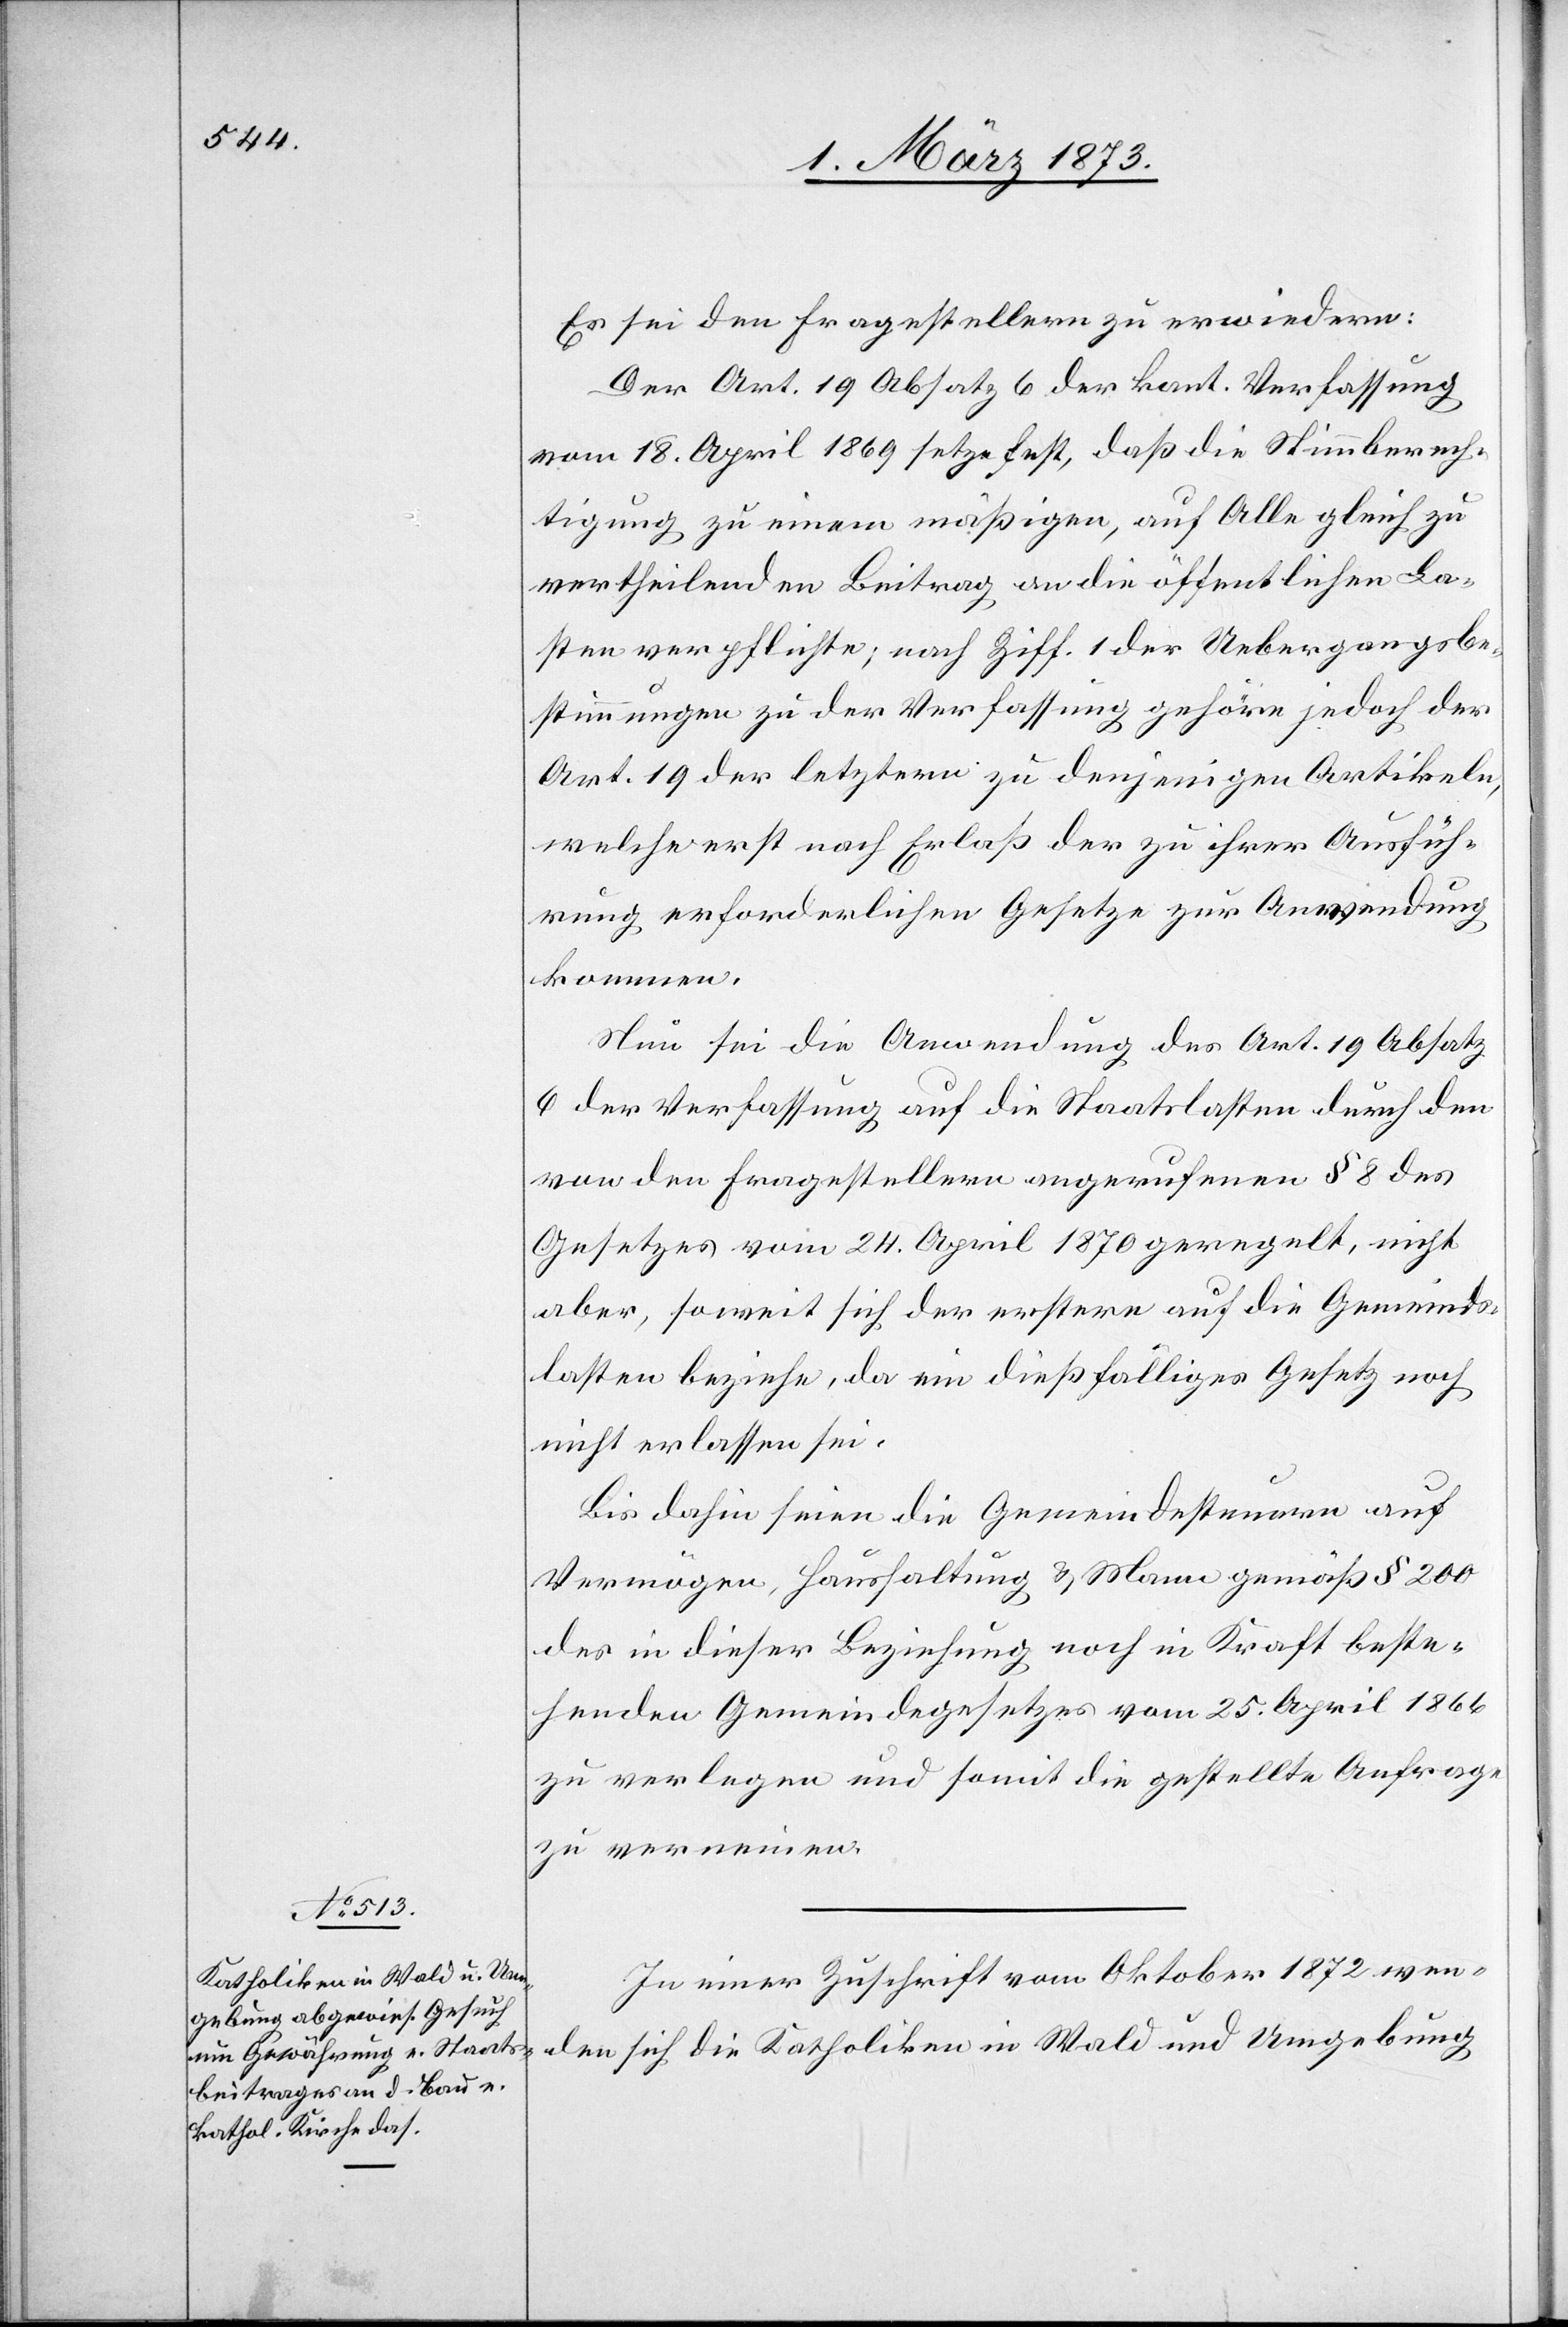
Es sei den Fragestellern zu erwiedern:
Der Art. 19 Absatz 6 der kant. Verfassung
vom 18. April 1869 setze fest, daß die Stimmberech¬
tigung zu einem mäßigen, auf Alle gleich zu
vertheilenden Beitrag an die öffentlichen La¬
sten verpflichte; nach Ziff. 1 der Uebergangsbe¬
stimmungen zu der Verfassung gehöre jedoch der
Art. 19 der letztern zu denjenigen Artikeln,
welche erst nach Erlaß der zu ihrer Ausfüh¬
rung erforderlichen Gesetze zur Anwendung
kommen.
Neu sei die Anwendung des Art. 19 Absatz
6 der Verfassung auf die Staatslasten durch den
von den Fragestellern angerufenen § 8 des
Gesetzes vom 24. April 1870 geregelt, nicht
aber, soweit sich der erstere auf die Gemeinds¬
lasten beziehe, da ein dießfälliges Gesetz noch
nicht erlassen sei.
Bis dahin seien die Gemeindesteuern auf
Vermögen, Haushaltung u. Mann gemäß § 200
des in dieser Beziehung noch in Kraft beste¬
henden Gemeindegesetzes vom 25. April 1866
zu verlegen und somit die gestellte Anfrage
zu verneinen.
In einer Zuschrift vom Oktober 1872 wen¬
den sich die Katholiken in Wald und Umgebung